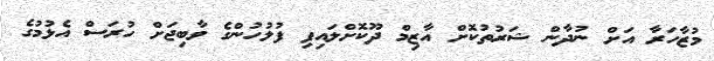
މުޒާހަރާ އަށް ނުދާން ޝަރުތުކޮށް އާޒިމް ދޫކޮށްލައިފި ފުލުހުންގެ ވާބިޖަށް ހުރަސް އެޅުމުގެ